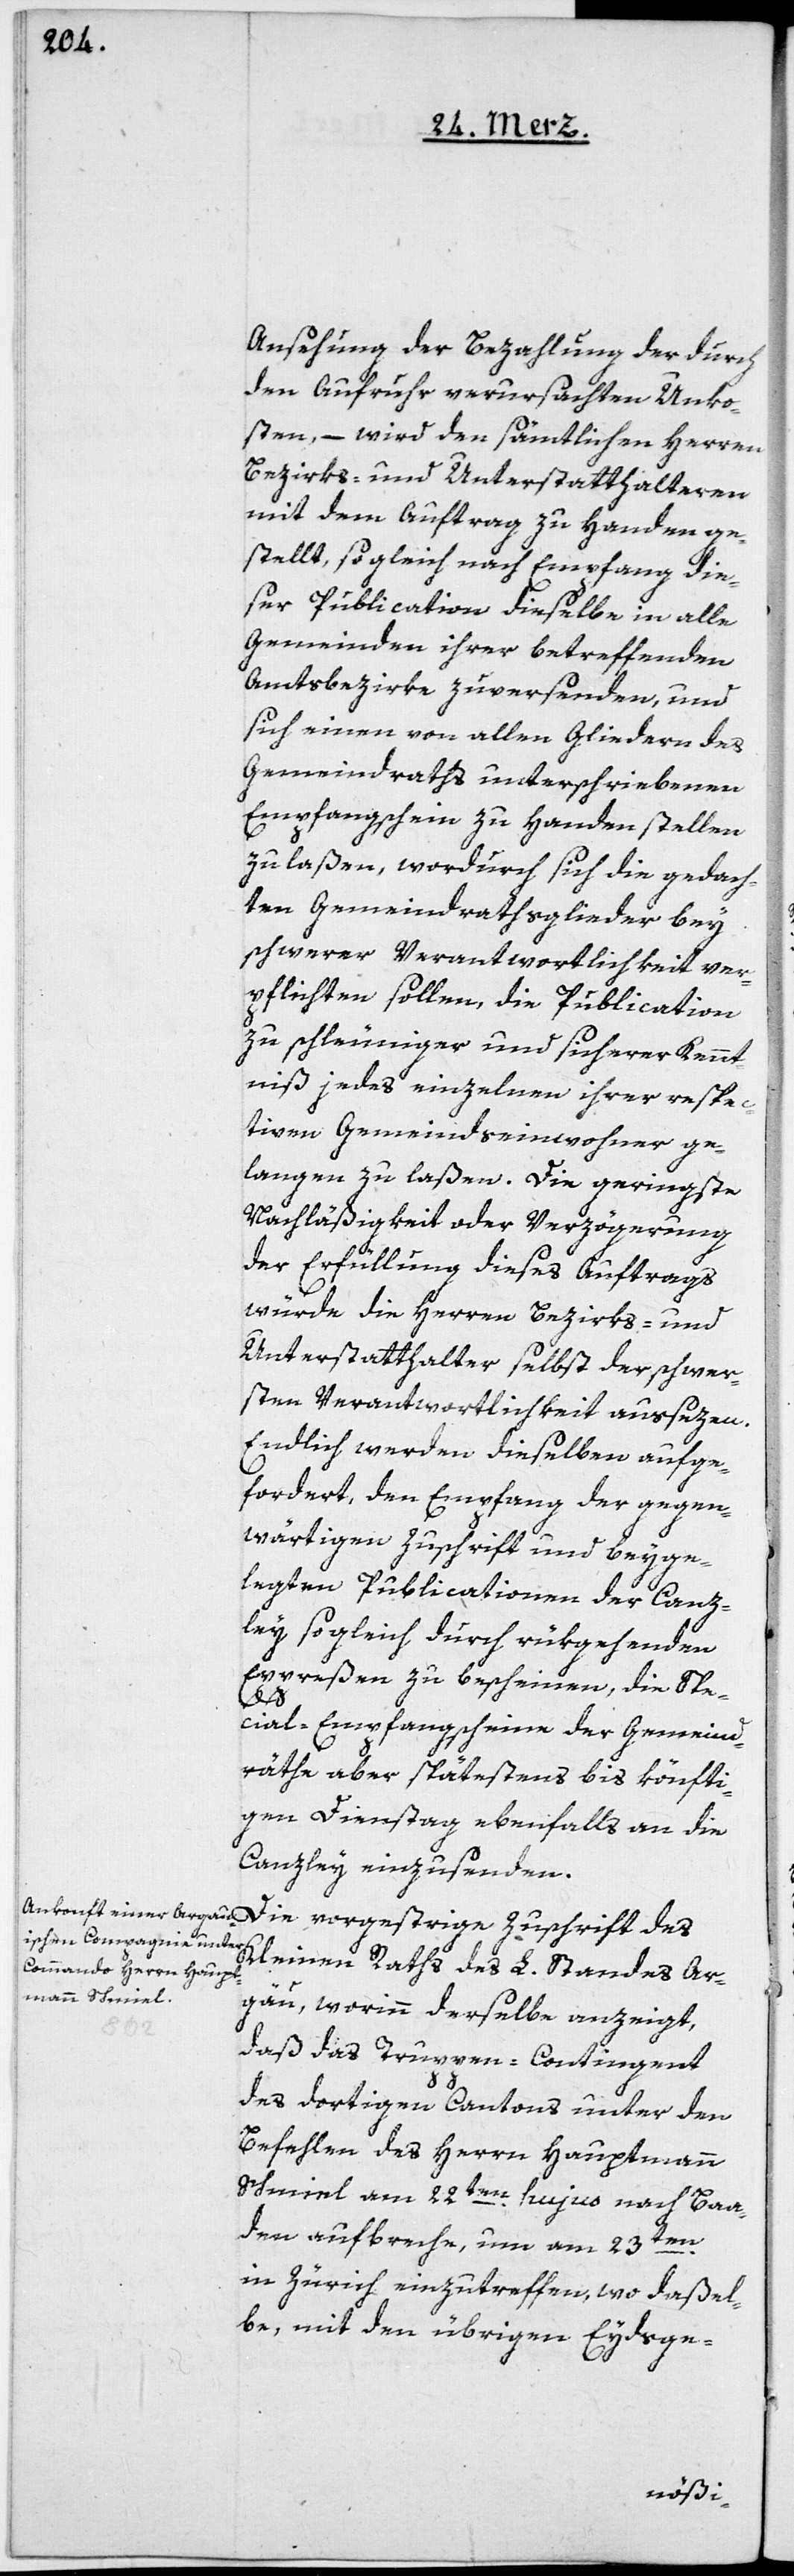
Ansehung der Bezahlung der durch
den Aufruhr verursachten Unko¬
sten, – wird den sämtlichen Herren
Bezirks- und Unterstatthalteren
mit dem Auftrag zu Handen ge¬
stellt, sogleich nach Empfang die¬
ser Publication dieselbe in alle
Gemeinden ihrer betreffenden
Amtsbezirke zuversenden, und
sich einen von allen Gliedern des
Gemeindraths unterschriebenen
Empfangsschein zu Handen stellen
zu laßen, wordurch sich die gedach¬
ten Gemeindrathsglieder bey
schwerer Verantwortlichkeit ver¬
pflichten sollen, die Publication
zu schleuniger und sicherer Kennt¬
niß jedes einzelnen ihrer respec¬
tiven Gemeindseinwohner ge¬
langen zu laßen. Die geringste
Nachläßigkeit oder Verzögerung
der Erfüllung dieses Auftrags
würde die Herren Bezirks- und
Unterstatthalter selbst der schwer¬
sten Verantwortlichkeit aussetzen.
Endlich werden dieselben aufge¬
fordert, den Empfang der gegen¬
wärtigen Zuschrift und beyge¬
legten Publicationen der Canz¬
ley sogleich durch rükgehenden
Expreßen zu bescheinen, die Spe¬
cial-Empfangsscheine der Gemeind¬
räthe aber spätestens bis könfti¬
gen Dienstag ebenfalls an die
Canzley einzusenden.
Kleinen Raths des L. Standes Ar¬
gau, worinn derselbe anzeigt,
daß das Truppen-Contingent
des dortigen Cantons unter den
Befehlen des Herrn Hauptmann
Schmiel am 22ten hujus nach Baa¬
den aufbreche, um am 23ten
in Zürich einzutreffen, wo daßel¬
be mit den übrigen Eydsge-